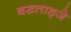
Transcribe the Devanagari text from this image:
बख्ताड्जे